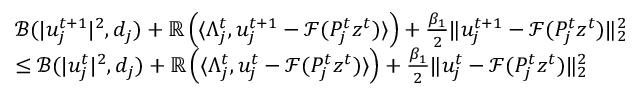
\begin{array} { r l } & { \mathcal { B } ( | u _ { j } ^ { t + 1 } | ^ { 2 } , d _ { j } ) + \mathbb { R } \left( \langle \Lambda _ { j } ^ { t } , u _ { j } ^ { t + 1 } - \mathcal { F } ( P _ { j } ^ { t } z ^ { t } ) \rangle \right) + \frac { \beta _ { 1 } } { 2 } \| u _ { j } ^ { t + 1 } - \mathcal { F } ( P _ { j } ^ { t } z ^ { t } ) \| _ { 2 } ^ { 2 } } \\ & { \leq \mathcal { B } ( | u _ { j } ^ { t } | ^ { 2 } , d _ { j } ) + \mathbb { R } \left( \langle \Lambda _ { j } ^ { t } , u _ { j } ^ { t } - \mathcal { F } ( P _ { j } ^ { t } z ^ { t } ) \rangle \right) + \frac { \beta _ { 1 } } { 2 } \| u _ { j } ^ { t } - \mathcal { F } ( P _ { j } ^ { t } z ^ { t } ) \| _ { 2 } ^ { 2 } } \end{array}